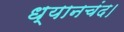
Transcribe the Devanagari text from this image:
ध्यानचंद।